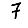
Digit: 7